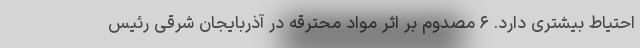
احتیاط بیشتری دارد. ۶ مصدوم بر اثر مواد محترقه در آذربایجان شرقی رئیس